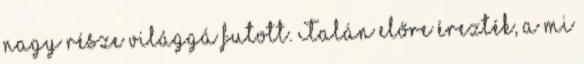
nagy része világgá futott. Talán előre érezték, a mi